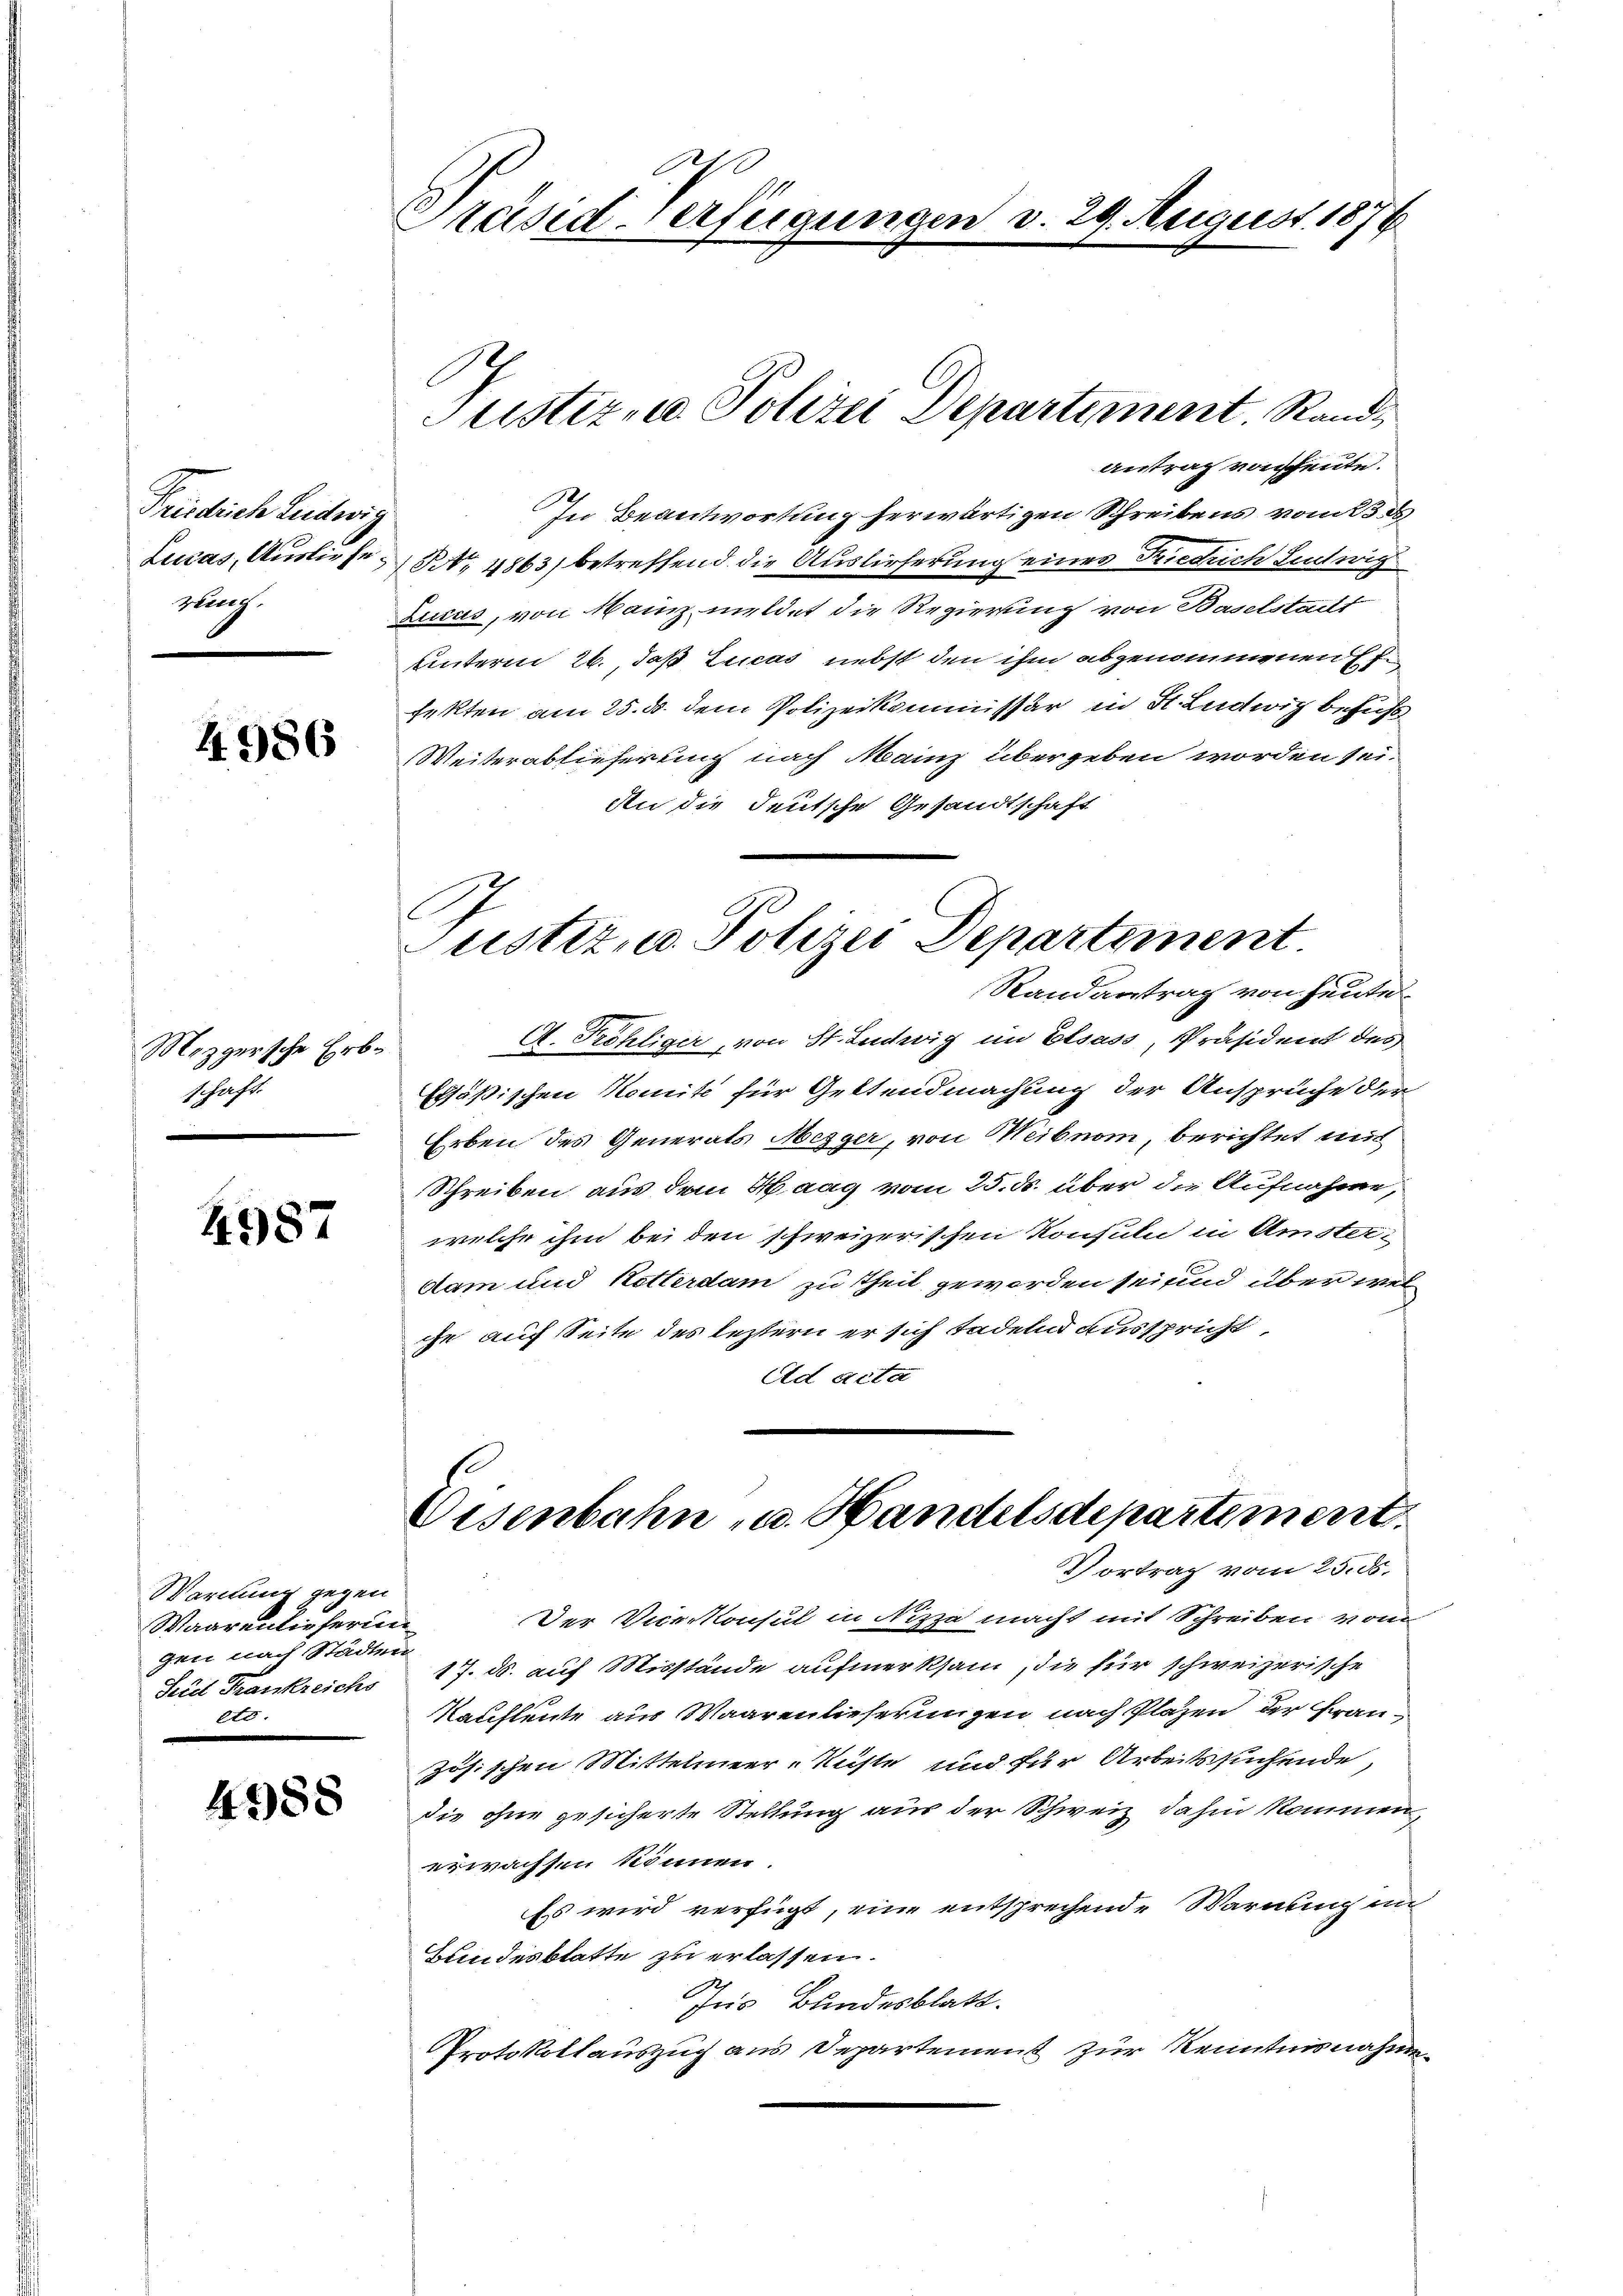
Friedrich Ludwig
glung.

4986

Mezgersche Erbschaft.

4987

Warnung gegen
Waarenlieferung
gen nach Städten
Seid Trankreichs
etc.

4988

Präsid-Verfügungen v. 29. August 1876

In Beantwortung herwärtigen Schreibens vom 23 d
o
Lucas, Ausliefe Nr. 4863) betreffend die Auslieferung eines Friedrich Leutwig
Zucas, von Mainz meldet die Regierung von Baselstadt
unterm 26., daß Lucas nebst den ihm abgenommenen Ehe
fekten am 25. d. dem Polizeikommissär in St. Ludwig behuf
Weiterablieferung nach Mainz übergeben worden sei.
An die deutsche Gesandtschaft
Justiz- u. Polizei Departement.
Randantrag von heute
A. Fröhliger, von St. Ludwig im Elsass, Präsident des
Ersößischen Komite für Geltendmachung der Ansprüche der
Erben des Generals Mezger, von Meibnom, berichtet mit
Schreiben aus dem Haag vom 25. ds. über die Aufnahme,
welche ihm bei den schweizerischen Konsuln in Amster-
dam und Kötterdam zu Theil geworden sei und über welche auf Seite des leztern er sich tadelnd ausspricht,
Ad acta

Justiz, Polizei Departement. Sand¬
Antrag vorscheute.

Eisenbahn u. Handelsdepartement.
Vortrag vom 25. ds.

Der Vice-Konsul in Nizza macht mit Schreiben vom
17. ds. auf Misstände aufmerksam, die für schweizerische
Kaufleute aus Waarenlieferungen nach Plazen der Fran¬
Jösischen Mittelmeer-Küste und für Arbeitssuchende,
die ohne gesicherte Stellung aus der Schweiz dahin kommen,
erwachsen können
Es wird verfügt, eine entsprechende Warnung im
Bundesblatte zu erlassen.
Ins Bundesblatt.
Protokollauszug aus Departement zur Kenntnisnahme